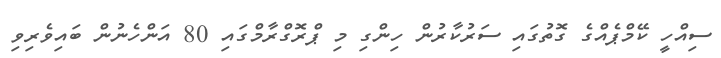
ސިއްހީ ކޭމްޕެއްގެ ގޮތުގައި ސަރުކާރުން ހިންގި މި ޕްރޮގްރާމްގައި 80 އަންހެނުން ބައިވެރިވި